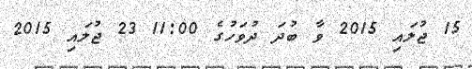
15 ޖުލައި 2015 ވާ ބުދަ ދުވަހުގެ 11:00 23 ޖުލައި 2015